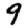
Digit: 9